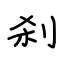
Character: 刹